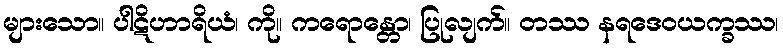
များသော။ ပါဋိဟာရိယံ၊ ကို။ ကရောန္တော၊ ပြုလျက်။ တဿ နရဒေဝယက္ခဿ၊